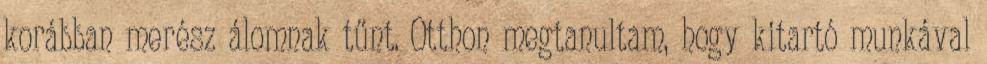
korábban merész álomnak tűnt. Otthon megtanultam, hogy kitartó munkával